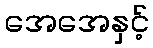
အေအေနှင့်